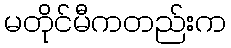
မတိုင်မီကတည်းက